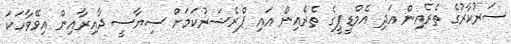
ސަރުކާރުގެ ތެރެއިން އަދި އެމްޑީޕީގެ ތެރެއިން އައި ޕްރެޝަރުކަމަށް ސިޔާސީ ދާއިރާއިން އިވޭވާހަކަ